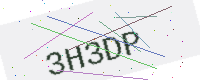
Text: 3H3DP